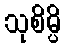
သုစိမ္ပိ